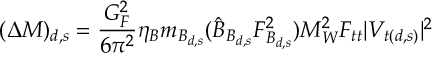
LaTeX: ( \Delta M ) _ { d , s } = \frac { G _ { F } ^ { 2 } } { 6 \pi ^ { 2 } } \eta _ { B } m _ { B _ { d , s } } ( \hat { B } _ { B _ { d , s } } F _ { B _ { d , s } } ^ { 2 } ) M _ { W } ^ { 2 } F _ { t t } | V _ { t ( d , s ) } | ^ { 2 }